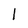
Character: 1